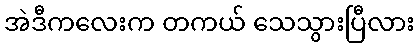
အဲဒီကလေးက တကယ် သေသွားပြီလား